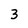
Character: 3